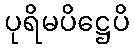
ပုရိမပိဋ္ဌေပိ